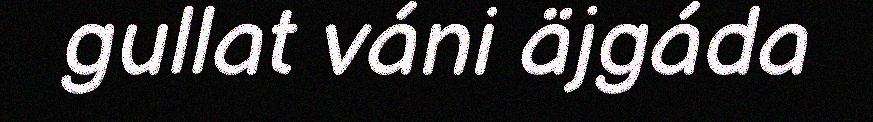
gullat váni äjgáda